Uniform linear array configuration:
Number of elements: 64
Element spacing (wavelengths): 0.75
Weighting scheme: uniform
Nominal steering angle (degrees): -30
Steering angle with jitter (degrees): -28.606
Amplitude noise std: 0.05
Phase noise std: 0.05

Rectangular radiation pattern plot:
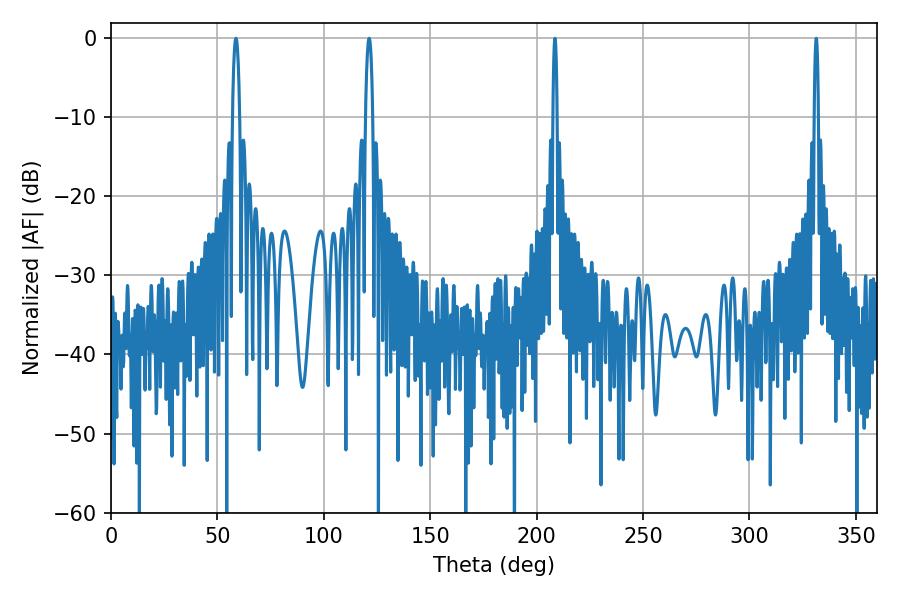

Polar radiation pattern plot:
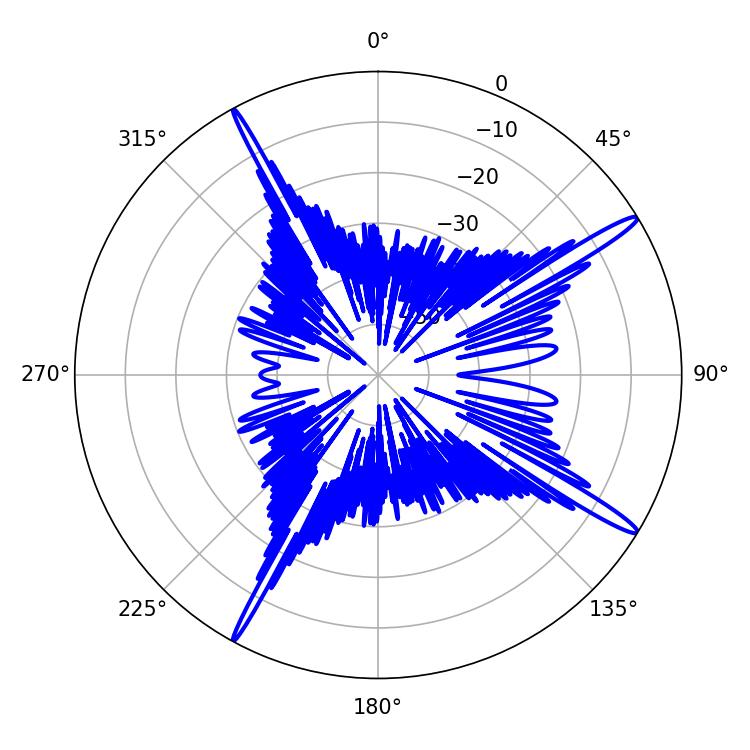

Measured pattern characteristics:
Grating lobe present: TRUE
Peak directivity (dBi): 16.406
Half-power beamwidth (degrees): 1.08
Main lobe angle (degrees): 208.62